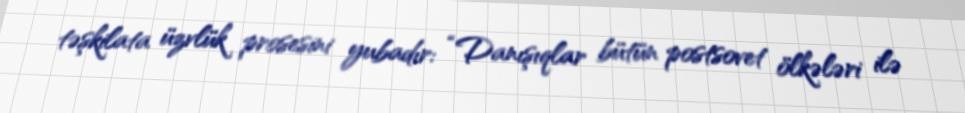
təşkilata üzvlük prosesini yubadır: “Danışıqlar bütün postsovet ölkələri ilə